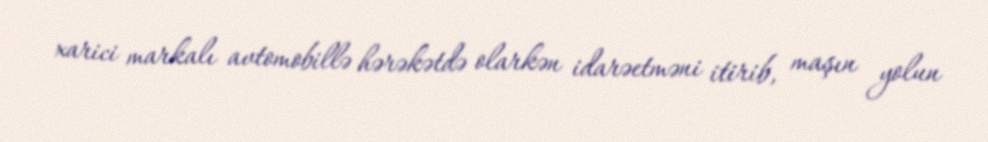
xarici markalı avtomobillə hərəkətdə olarkən idarəetməni itirib, maşın yolun